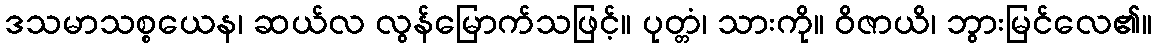
ဒသမာသစ္စယေန၊ ဆယ်လ လွန်မြောက်သဖြင့်။ ပုတ္တံ၊ သားကို။ ဝိဇာယိ၊ ဘွားမြင်လေ၏။